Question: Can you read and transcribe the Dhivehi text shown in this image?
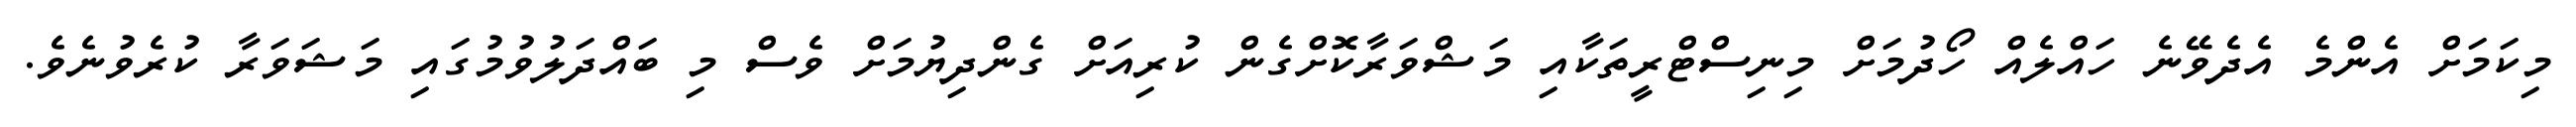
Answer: މިކަމަށް އެންމެ އެދެވޭނެ ހައްލެއް ހޯދުމަށް މިނިސްޓްރީތަކާއި މަޝްވަރާކޮށްގެން ކުރިއަށް ގެންދިޔުމަށް ވެސް މި ބައްދަލުވުމުގައި މަޝަވަރާ ކުރެވުނެވެ.